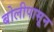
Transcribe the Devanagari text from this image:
बोलीपासून